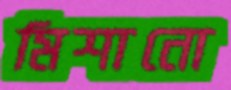
মিশানো